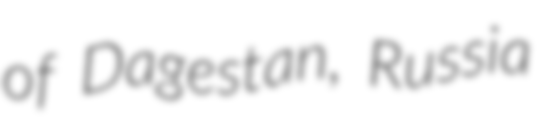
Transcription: of Dagestan, Russia